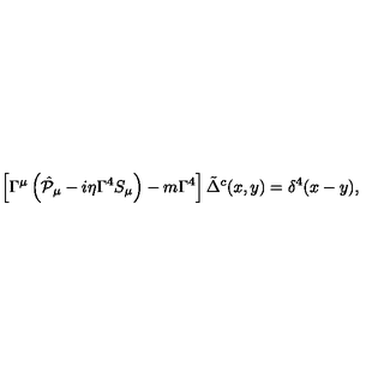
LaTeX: \left[ \Gamma ^ { \mu } \left( \hat { { \cal P } } _ { \mu } - i \eta \Gamma ^ { 4 } S _ { \mu } \right) - m \Gamma ^ { 4 } \right] \tilde { \Delta } ^ { c } ( x , y ) = \delta ^ { 4 } ( x - y ) ,